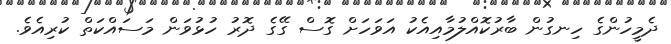
ދެމީހުންގެ ހިނގުން ބާރުކޮއްލުމާއިއެކު އަވަހަށް ގޮސް ގޭގެ ދޮރު ހުޅުވަން މަސައްކަތް ކުރިއެެވެ.